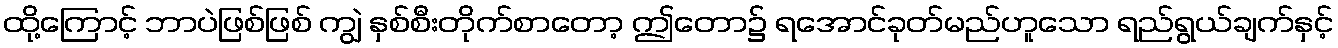
ထို့ကြောင့် ဘာပဲဖြစ်ဖြစ် ကျွဲ နှစ်စီးတိုက်စာတော့ ဤတော၌ ရအောင်ခုတ်မည်ဟူသော ရည်ရွယ်ချက်နှင့်